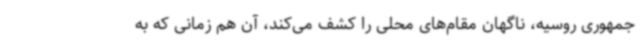
جمهوری روسیه، ناگهان مقام‌های محلی را کشف می‌کند، آن هم زمانی که به